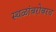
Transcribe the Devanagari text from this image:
स्थळांबरोबरच